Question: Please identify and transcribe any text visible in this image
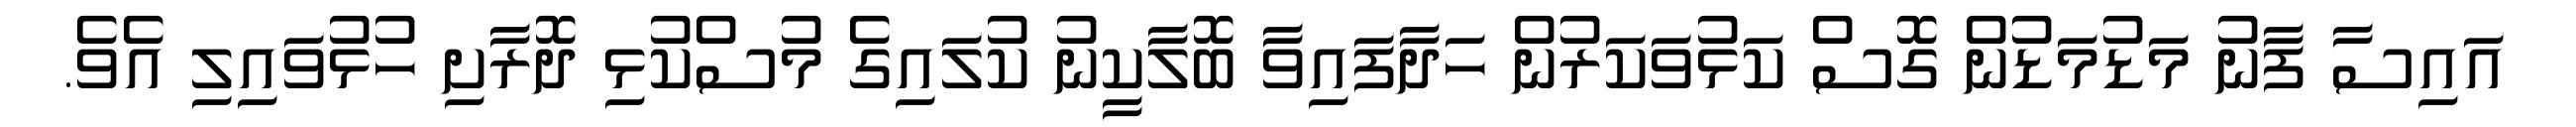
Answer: އައިސާ ފާނު މަޑުމަޑުން ގޮސް ކަޅުވަކަރުން ހަދާފައިވާ ބޮލާކީނު ކުލައިގެ މުސްކުޅި ދޮރާށި ހުޅުވައިލި އެވެ.